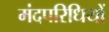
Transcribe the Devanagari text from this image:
मंदपरिधियों